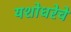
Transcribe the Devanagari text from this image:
यशोधरेचे